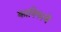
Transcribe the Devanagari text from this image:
कानिफाचें